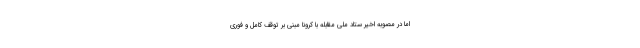
اما در مصوبه اخیر ستاد ملی مقابله با کرونا مبنی بر توقف کامل و فوری